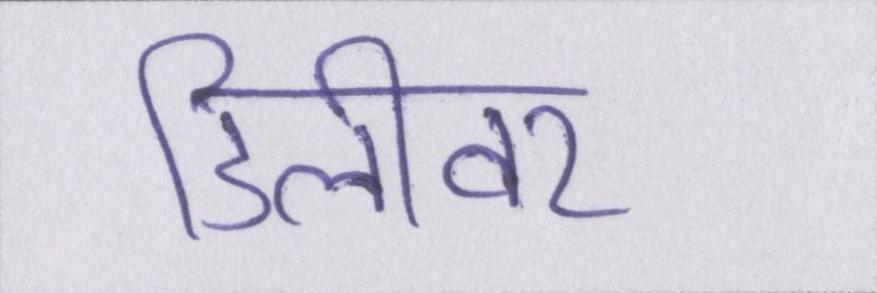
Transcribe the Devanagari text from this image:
डिलीवर